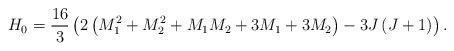
LaTeX: \begin{align*}H_0={16\over 3}\left(2\left(M_1^2+M_2^2+M_1M_2+3M_1+3M_2\right)-3J\left(J+1\right) \right).\end{align*}